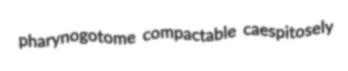
pharynogotome compactable caespitosely